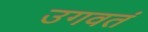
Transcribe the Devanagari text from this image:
उगवतं